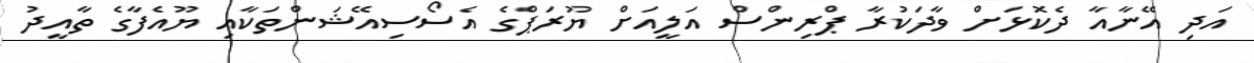
އަދި އޭނާއާ ދެކޮޅަށް ވާދަކުރާ ޕްރިންސް އަލީއަށް ޔޫރަޕްގެ އެސޯސިއޭޝަންތަކާއި ޔޫއެފާގެ ތާއީދު